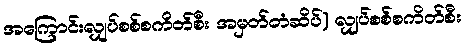
အကြောင်းလျှပ်စစ်စကိတ်စီး အမှတ်တံဆိပ်) လျှပ်စစ်စကိတ်စီး